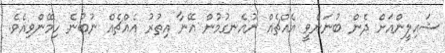
ޝައިލީންއަށް ދެން ބުނަންވީ އެއްޗެއް ނުއެނގުމުން އޭނާ އިތުރު އެއްޗެއް ނުބުނެ ހިމޭންވިއެވެ.